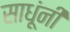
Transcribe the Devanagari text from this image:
साधूंनीं